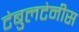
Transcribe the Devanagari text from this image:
टेबुलटेनीस